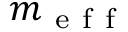
m _ { \mathrm { ~ e ~ f ~ f ~ } }